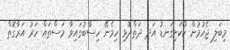
މިބަލި ޖެހުމުން ކޯކަށިގަނޑު އަދި ދަތްދޮޅި ހިމެނޭ ހިސާބުގައިވާ މަސްތައް ހަރު އަރާގޮތް